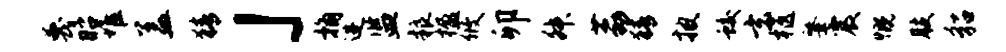
蔑昭堆盖猜」桷进监粮楹攸卯舛荔猜披蛟玄柩肇震慨肢貂